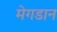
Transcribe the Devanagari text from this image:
मेगडान